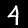
Digit: 4